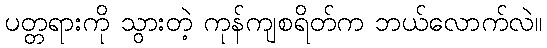
ပတ္တရားကို သွားတဲ့ ကုန်ကျစရိတ်က ဘယ်လောက်လဲ။